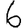
Digit: 6